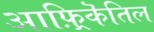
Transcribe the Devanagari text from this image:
आफ़्रिकॆतिल